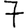
Digit: 7